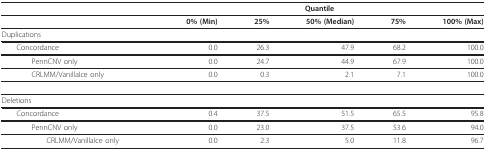
<table><thead><tr><td></td><td colspan="5"><b>Quantile</b></td></tr></thead><tbody><tr><td></td><td><b>0% (Min)</b></td><td><b>25%</b></td><td><b>50% (Median)</b></td><td><b>75%</b></td><td><b>100% (Max)</b></td></tr><tr><td>Duplications</td><td></td><td></td><td></td><td></td><td></td></tr><tr><td> Concordance</td><td>0.0</td><td>26.3</td><td>47.9</td><td>68.2</td><td>100.0</td></tr><tr><td>PennCNV only</td><td>0.0</td><td>24.7</td><td>44.9</td><td>67.9</td><td>100.0</td></tr><tr><td>CRLMM/VanillaIce only</td><td>0.0</td><td>0.3</td><td>2.1</td><td>7.1</td><td>100.0</td></tr><tr><td>Deletions</td><td></td><td></td><td></td><td></td><td></td></tr><tr><td> Concordance</td><td>0.4</td><td>37.5</td><td>51.5</td><td>65.5</td><td>95.8</td></tr><tr><td>PennCNV only</td><td>0.0</td><td>23.0</td><td>37.5</td><td>53.6</td><td>94.0</td></tr><tr><td>CRLMM/VanillaIce only</td><td>0.0</td><td>2.3</td><td>5.0</td><td>11.8</td><td>96.7</td></tr></tbody></table>